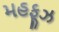
મહફૂઝ